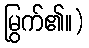
မြွက်၏။)